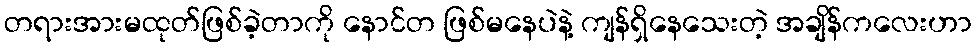
တရားအားမထုတ်ဖြစ်ခဲ့တာကို နောင်တ ဖြစ်မနေပဲနဲ့ ကျန်ရှိနေသေးတဲ့ အချိန်ကလေးဟာ